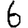
Digit: 6